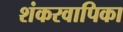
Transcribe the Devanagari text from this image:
शंकरवापिका